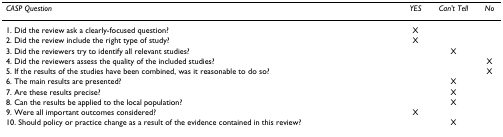
<table><thead><tr><td><b><i>CASP Question</i></b></td><td><b><i>YES</i></b></td><td><b><i>Can&#x27;t Tell</i></b></td><td><b><i>No</i></b></td></tr></thead><tbody><tr><td>1. Did the review ask a clearly-focused question?</td><td>X</td><td></td><td></td></tr><tr><td>2. Did the review include the right type of study?</td><td>X</td><td></td><td></td></tr><tr><td>3. Did the reviewers try to identify all relevant studies?</td><td></td><td>X</td><td></td></tr><tr><td>4. Did the reviewers assess the quality of the included studies?</td><td></td><td></td><td>X</td></tr><tr><td>5. If the results of the studies have been combined, was it reasonable to do so?</td><td></td><td></td><td>X</td></tr><tr><td>6. The main results are presented?</td><td></td><td>X</td><td></td></tr><tr><td>7. Are these results precise?</td><td></td><td>X</td><td></td></tr><tr><td>8. Can the results be applied to the local population?</td><td></td><td>X</td><td></td></tr><tr><td>9. Were all important outcomes considered?</td><td>X</td><td></td><td></td></tr><tr><td>10. Should policy or practice change as a result of the evidence contained in this review?</td><td></td><td>X</td><td></td></tr></tbody></table>